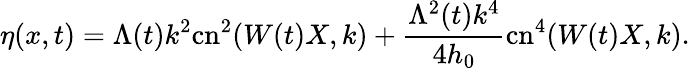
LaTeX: \eta(x,t)=\Lambda(t)k^{2}\mathrm{cn}^{2}(W(t)X,k)+\frac{\Lambda^{2}(t)k^{4}}{4h_{0}}\mathrm{cn}^{4}(W(t)X,k).